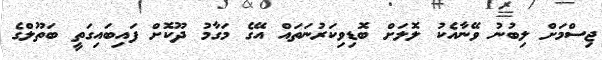
ޖިސްމަށް ލިބުނު ވޭނާއެކު ލޮލަށް ބޮޑިވިކަރުނަތައް އޭގެ މަގާމު ދޫކޮށް ފައިބައިގަތީ ބަތޫލްގެ